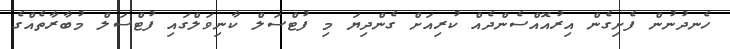
ހެނދުނުން ފެށިގެން އިރުއޮއްސެންދެއް ކުރިއަށް ގެންދިޔަ މި ފުޓްސަލް ކާނިވަލްގައި ފުޓްސަލް މުބާރާތެއްގެ